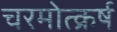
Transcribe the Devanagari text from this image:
चरमोत्क्रर्ष